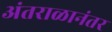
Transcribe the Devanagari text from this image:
अंतराळानंतर